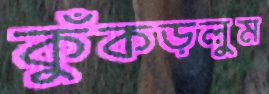
কুঁকড়লুম